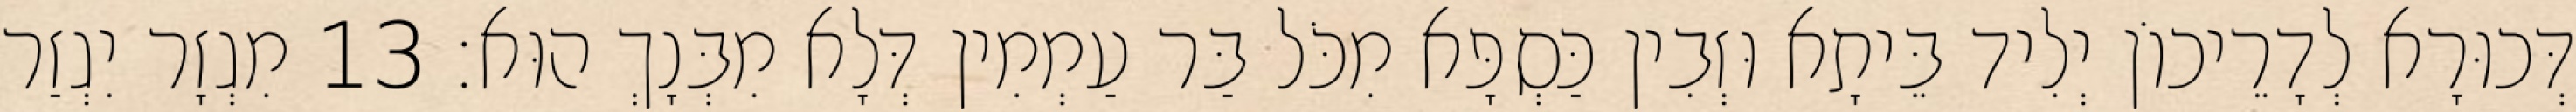
דְּכוּרָא לְדָרֵיכוֹן יְלִיד בֵּיתָא וּזְבִין כַּסְפָּא מִכֹּל בַּר עַמְמִין דְּלָא מִבְּנָךְ הוּא׃ 13 מִגְזָר יִגְזַר